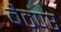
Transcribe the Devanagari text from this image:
बैठपर